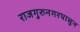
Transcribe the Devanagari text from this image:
राजगुरुनगरपासून